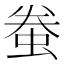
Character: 䖭